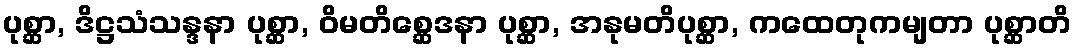
ပုစ္ဆာ, ဒိဋ္ဌသံသန္ဒနာ ပုစ္ဆာ, ဝိမတိစ္ဆေဒနာ ပုစ္ဆာ, အနုမတိပုစ္ဆာ, ကထေတုကမျတာ ပုစ္ဆာတိ